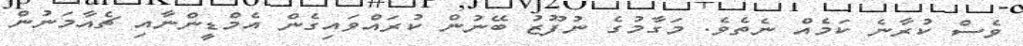
ވެސް ކުރާނެ ކަމެއް ނެތެވެ. މަގާމުގެ ނުފޫޒު ބޭނުން ކުރައްވައިގެން އެމްޑީންނާއި ޗެއާމަނުން